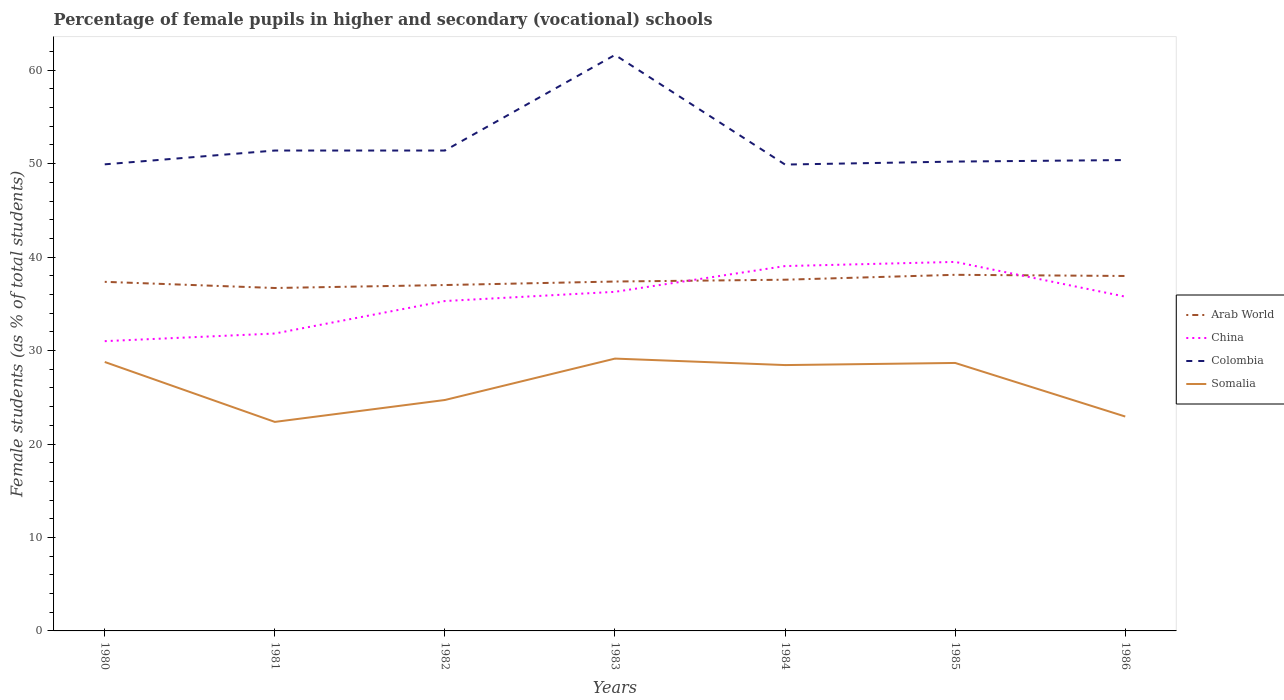
| Years | Arab World | China | Colombia | Somalia |
 | --- | --- | --- | --- | --- |
 | 1980 | 37.4 | 31 | 49.9 | 28.8 |
 | 1981 | 36.7 | 31.8 | 51.4 | 22.4 |
 | 1982 | 37 | 35.3 | 51.4 | 24.7 |
 | 1983 | 37.4 | 36.3 | 61.6 | 29.1 |
 | 1984 | 37.6 | 39 | 49.9 | 28.4 |
 | 1985 | 38.1 | 39.5 | 50.2 | 28.7 |
 | 1986 | 38 | 35.8 | 50.4 | 22.9 |